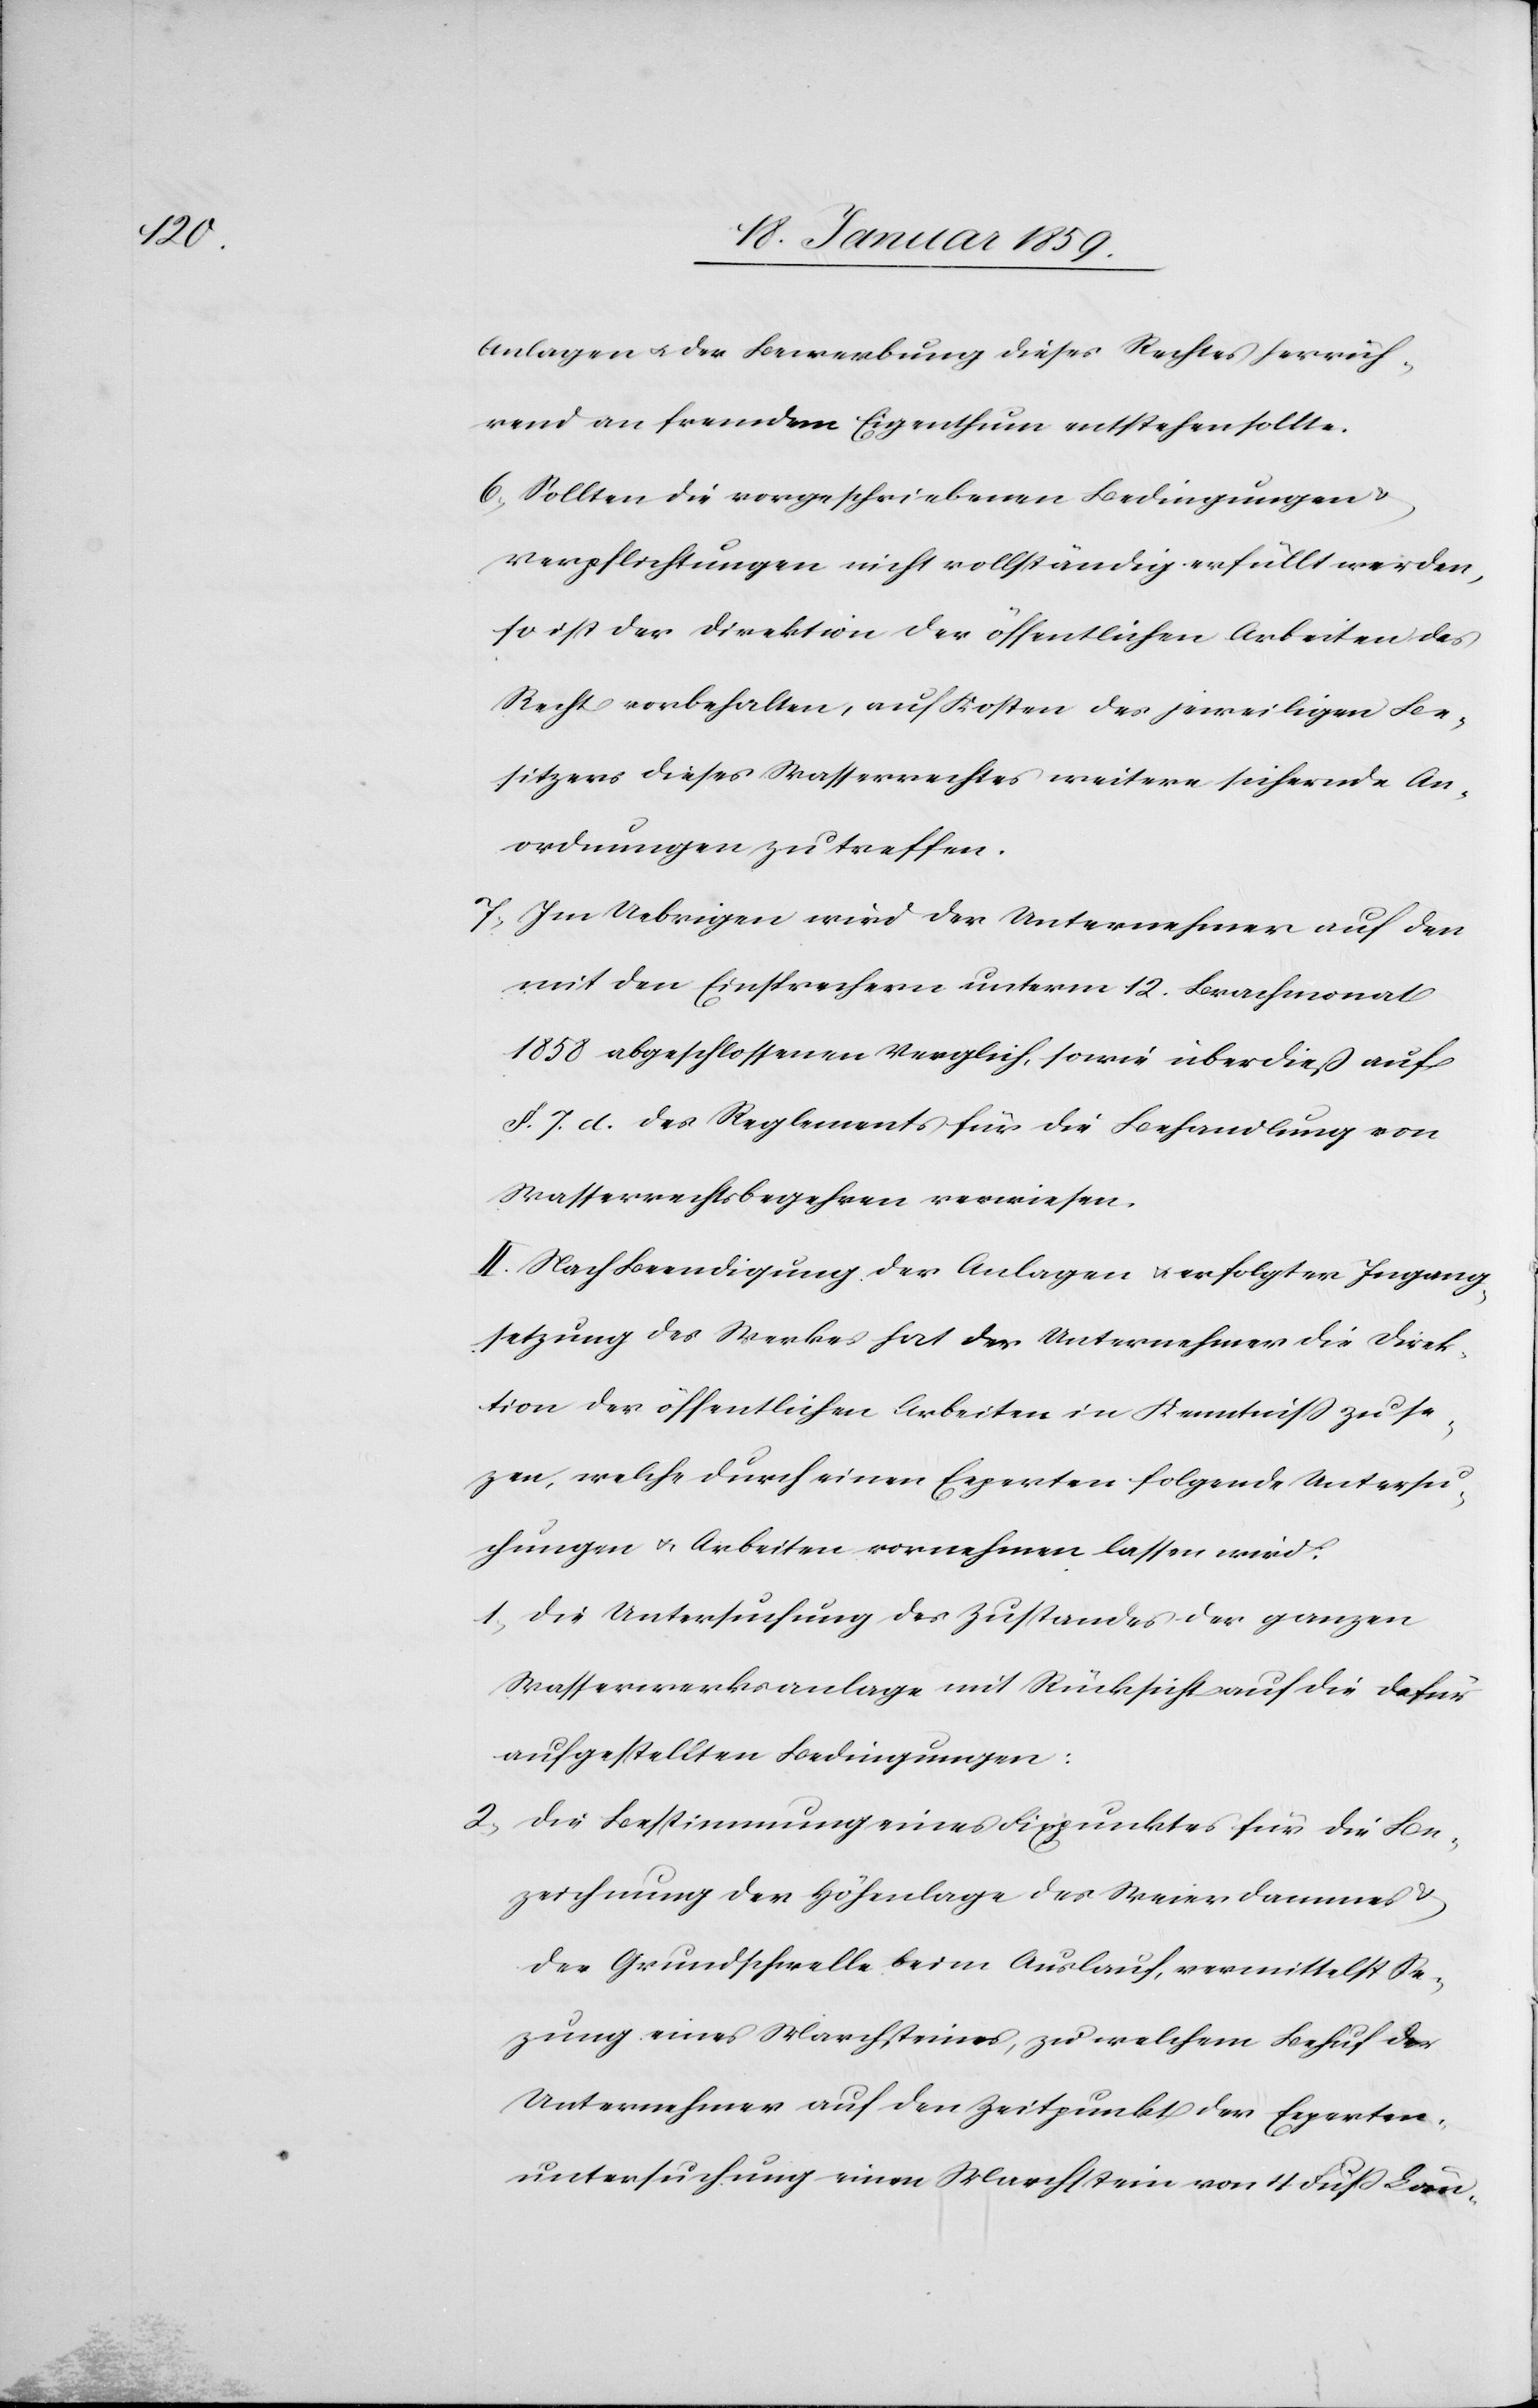
Anlagen u. der Bewerbung dieses Rechtes herrüh¬
rend an fremdem Eigenthum entstehen sollte.
6. Sollten die vorgeschriebenen Bedingungen &
Verpflichtungen nicht vollständig erfüllt werden,
so ist der Direktion der öffentlichen Arbeiten das
Recht vorbehalten, auf Kosten des jeweiligen Be¬
sitzers dieses Wasserrechtes weitere sichernde An¬
ordnungen zu treffen.
7. Im Uebrigen wird der Unternehmer auf den
mit den Einsprechern unterm 12. Brachmonat
1858 abgeschlossenen Vergleich, sowie überdieß auf
§. 7 d. des Reglements für die Behandlung von
Wasserrechtsbegehren verwiesen.
II Nach Beendigung der Anlagen u. erfolgter Ingang¬
setzung des Werkes hat der Unternehmer die Direk¬
tion der öffentlichen Arbeiten in Kenntniß zu set¬
zen, welche durch einen Experten folgende Untersu¬
chungen u. Arbeiten vornehmen lassen wird:
1. Die Untersuchung des Zustandes der ganzen
Wasserwerksanlage mit Rücksicht auf die dafür
aufgestellten Bedingungen:
2. Die Bestimmung eines Fixpunktes für die Be¬
zeichnung der Höhenlage des Weierdammes &
der Grundschwelle beim Auslauf, vermittelst der
Unternehmer auf den Zeitpunkt der Experten¬
untersuchung einen Marchstein von 4 Fuß Län-